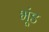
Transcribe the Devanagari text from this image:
भूंड